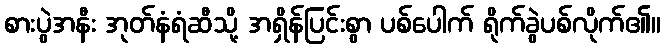
စားပွဲအနီး အုတ်နံရံဆီသို့ အရှိန်ပြင်းစွာ ပစ်ပေါက် ရိုက်ခွဲပစ်လိုက်၏။